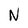
Character: N